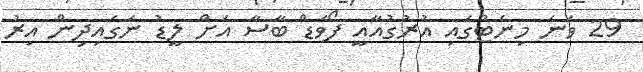
29 ވަނަ މިނެޓުގައި އުރުގުއާއީ ފޯވަޑް ބާސާ އަށް ލީޑު ނަގައިދިން އިރު